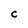
Character: C